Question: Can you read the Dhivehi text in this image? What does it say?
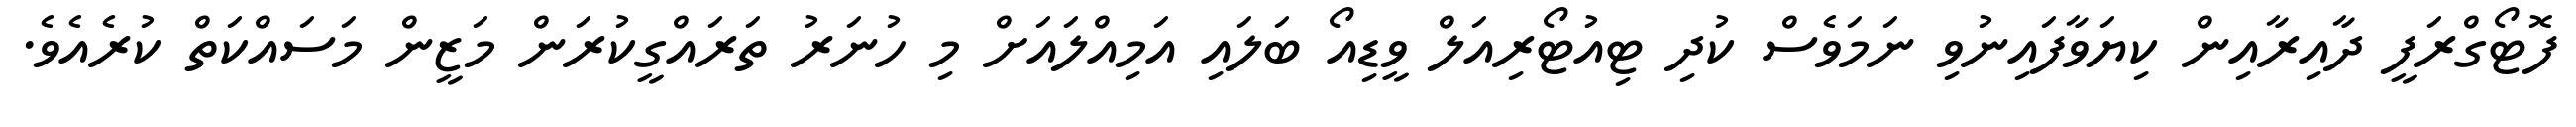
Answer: ފޮޓޯގްރަފީ ދާއިރާއިން ކިޔަވާފައިނުވި ނަމަވެސް ކުދި ޓިއުޓޯރިއަލް ވީޑިއޯ ބަލައި އަމިއްލައަށް މި ހުނަރު ތަރައްގީކުރަން މަޒީން މަސައްކަތް ކުރެއެވެ.